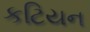
કટિયન